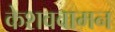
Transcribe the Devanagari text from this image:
केशववामन